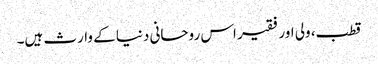
قطب، ولی اور فقیر اس روحانی دنیا کے وارث ہیں۔